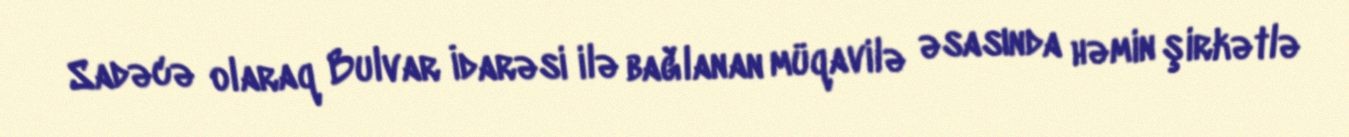
Sadəcə olaraq Bulvar İdarəsi ilə bağlanan müqavilə əsasında həmin şirkətlə